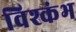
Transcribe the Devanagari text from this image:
विश्कंभ